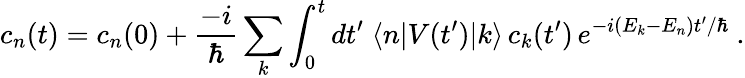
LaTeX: c_{n}(t)=c_{n}(0)+{\frac{-i}{\hbar}}\sum_{k}\int_{0}^{t}dt^{\prime}\; \langle n|V(t^{\prime})|k\rangle\, c_{k}(t^{\prime})\, e^{-i(E_{k}-E_{n})t^{\prime}/\hbar}~.